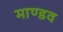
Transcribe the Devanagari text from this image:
माण्डव